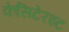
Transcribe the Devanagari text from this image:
केसिटेरइट